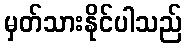
မှတ်သားနိုင်ပါသည်